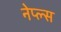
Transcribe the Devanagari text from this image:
नेप्ल्स